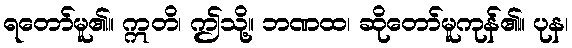
ရတော်မူ၏။ ဣတိ၊ ဤသို့။ ဘဏထ၊ ဆိုတော်မူကုန်၏။ ပုန၊